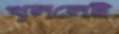
খুললেই